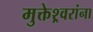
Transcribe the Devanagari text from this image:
मुक्तेश्र्वरांना